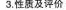
3.性质及评价